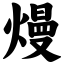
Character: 熳